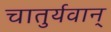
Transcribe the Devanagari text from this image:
चातुर्यवान्